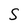
Character: S